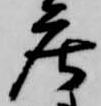
庄